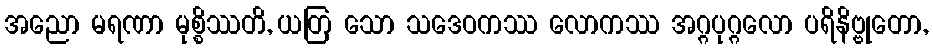
အညော မရဏာ မုစ္စိဿတိ, ယတြ သော သဒေဝကဿ လောကဿ အဂ္ဂပုဂ္ဂလော ပရိနိဗ္ဗုတော,